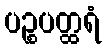
ပဉ္စပတ္ထရံ